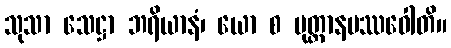
သုသာ သေဋ္ဌာ ဘရိယာနံ၊ ယော စ ပုတ္တာနမဿဝေါတိ။